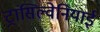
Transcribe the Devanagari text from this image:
ट्रांसिल्वेनियाई